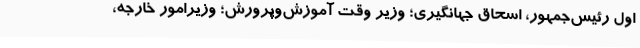
اول رئیس‌جمهور، اسحاق جهانگیری؛ وزیر وقت آموزش‌وپرورش؛ وزیرامور خارجه،